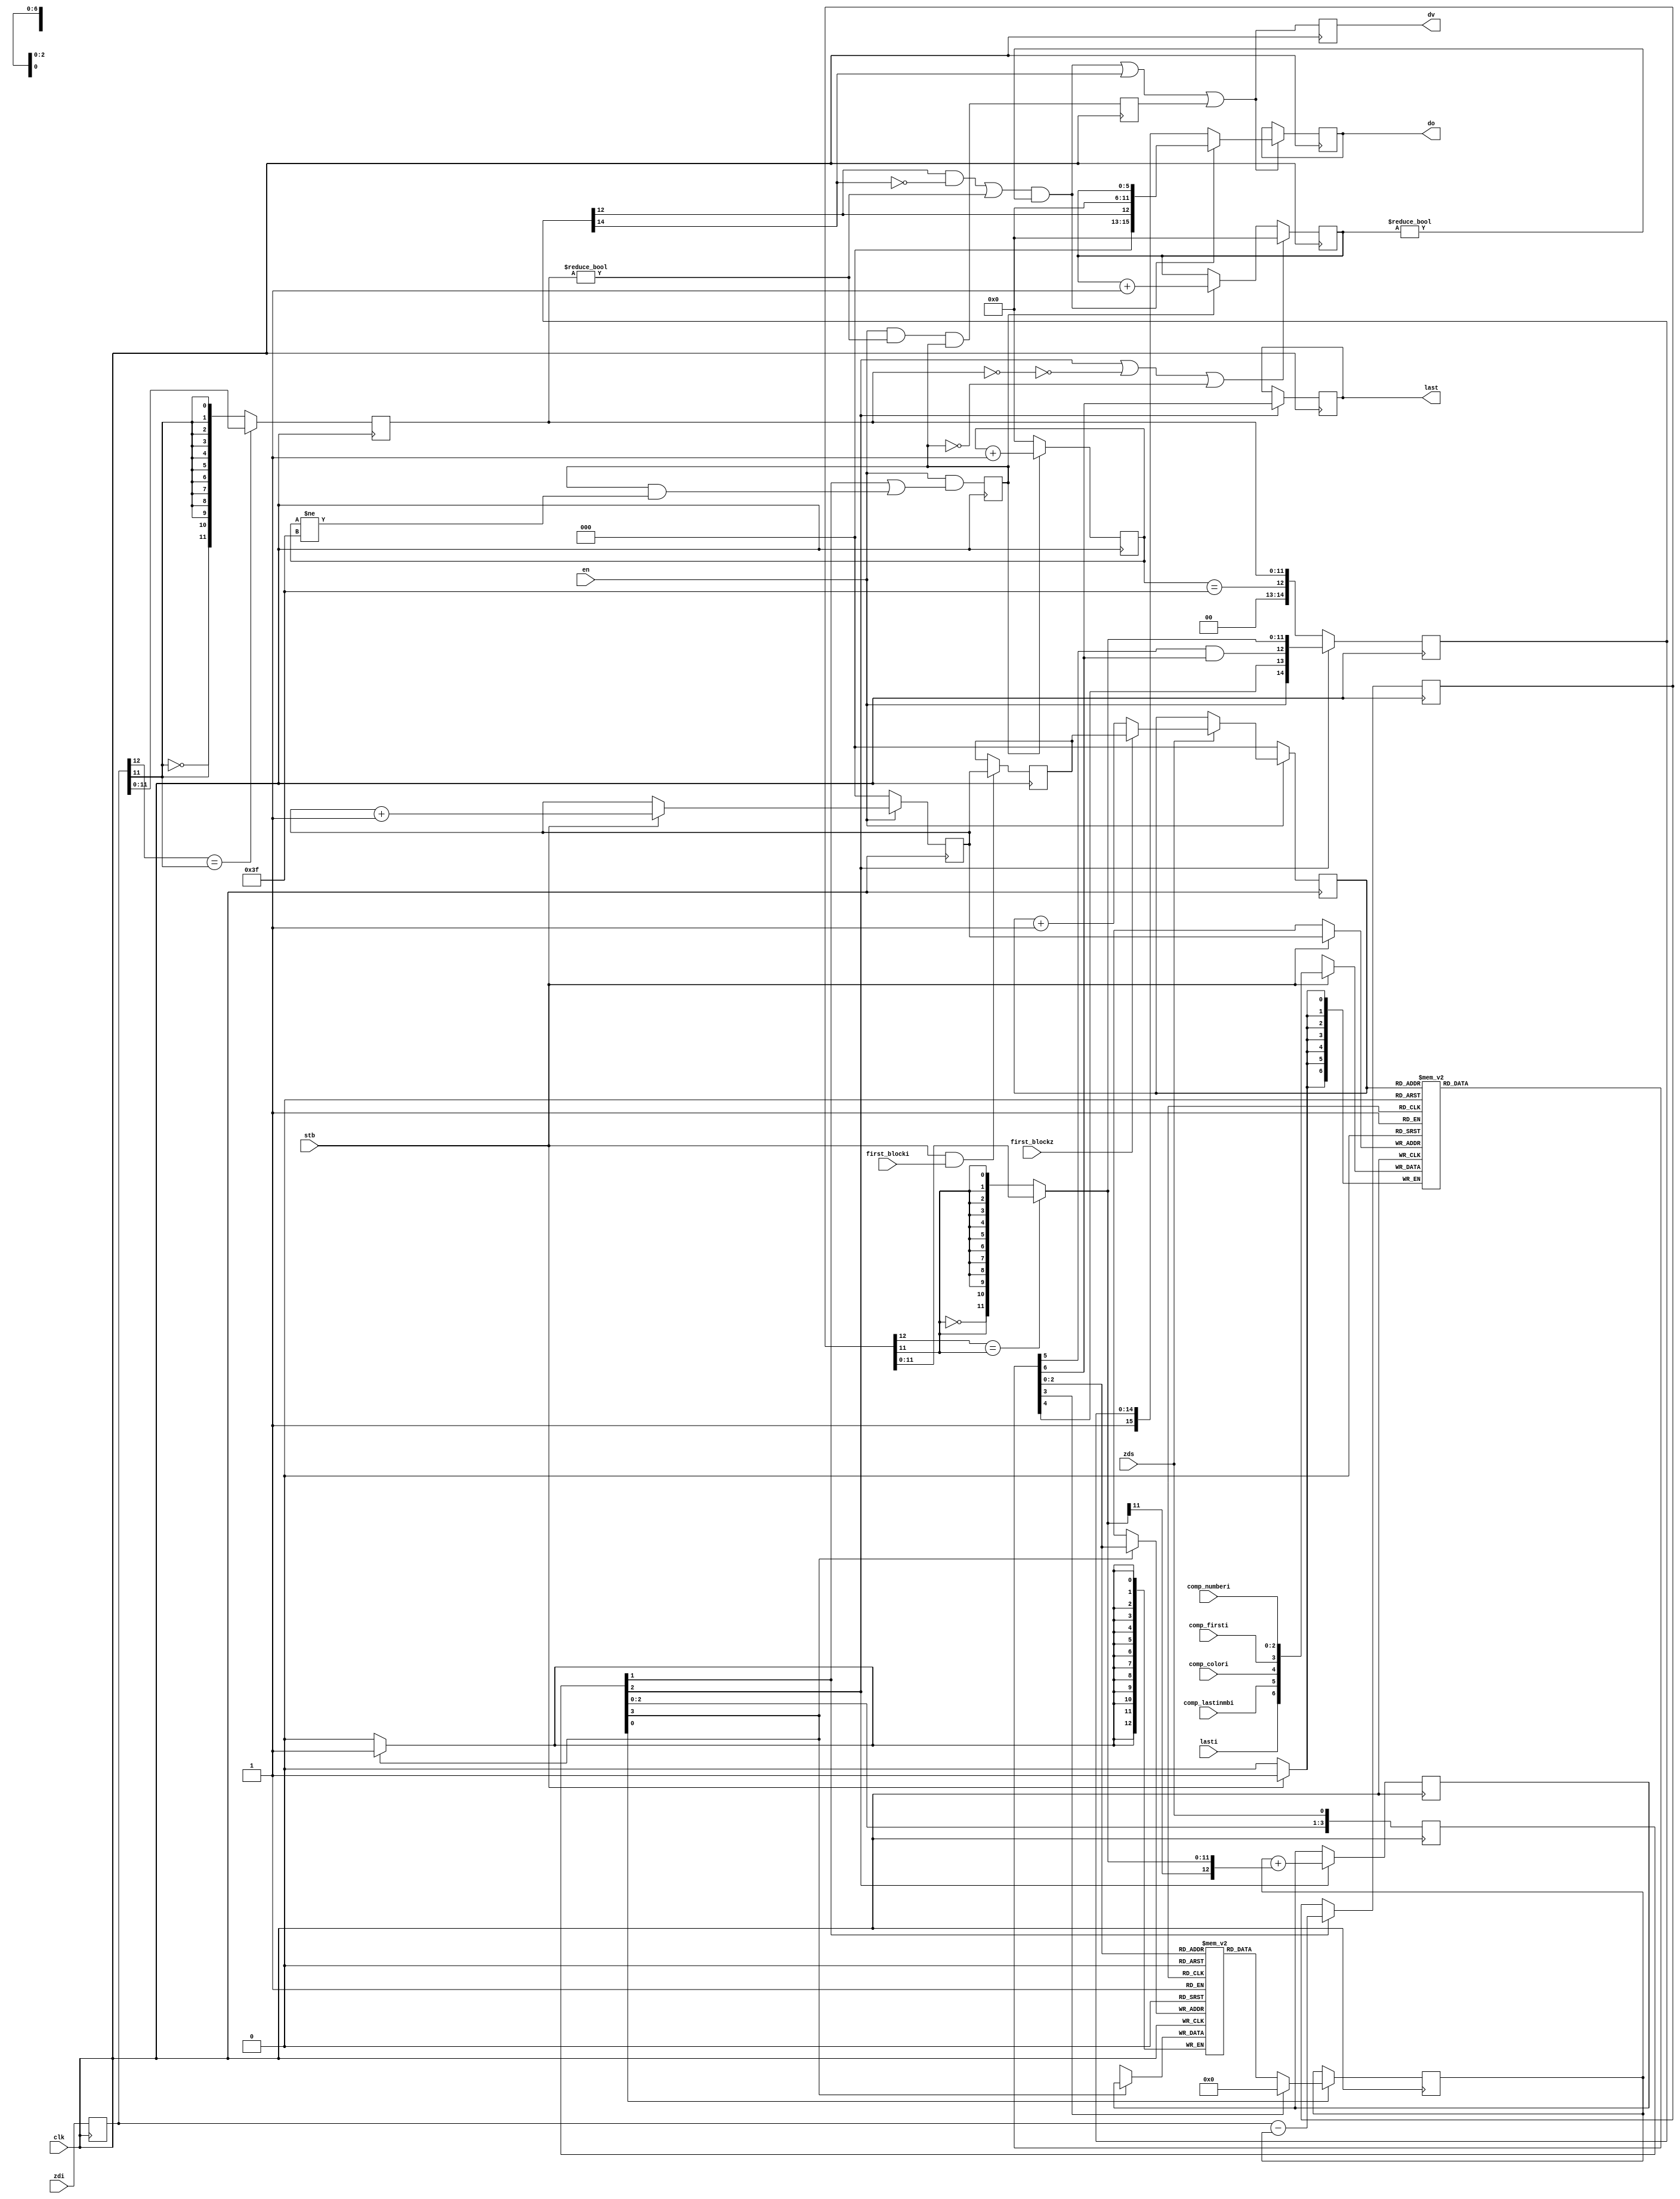
module encoderDCAC(clk,
						en,
						lasti,	
                  first_blocki,   
                  comp_numberi,   
                  comp_firsti,    
                  comp_colori,    
                  comp_lastinmbi, 
						stb,		
						zdi,		
                  first_blockz,  
						zds,		
						last,		
						do,
						dv
						);
    input		 clk;
    input		 en;
    input		 lasti;
    input       first_blocki;   
    input [2:0] comp_numberi;   
    input       comp_firsti;    
    input       comp_colori;    
    input       comp_lastinmbi; 
    input		 stb;
    input [12:0] zdi;
    input       first_blockz;  
    input 		 zds;
    output		  last;
	 output	[15:0]	do;
	 output				dv;
    reg			last;
    reg  [12:0]   dc_mem[7:0];
    reg  [12:0]   dc_diff0, dc_diff;
    wire [11:0]   dc_diff_limited=  (dc_diff[12]==dc_diff[11])? dc_diff[11:0] : {~dc_diff[11],{11{dc_diff[11]}}}; 
    reg  [12:0]   dc_restored; 
	 reg  [5:0]		rll_cntr;
	 reg [15:0]		do;
	 reg				dv;
	 reg	[5:0]	cntr;
	 reg	[11:0] ac_in;
	 wire			izero=(ac_in[11:0]==12'b0);
	 reg	[14:0] val_r;	
	 reg			 DCACen;	
    wire			 rll_out;
	 wire			 pre_dv;
	 reg			 was_nonzero_AC;
    reg  [12:0] zdi_d;
    reg   [3:0] zds_d;
    wire        DC_tosend=  zds_d[2];
    wire        pre_DCACen= zds_d[1];
    wire  [2:0] comp_numbero;   
    wire        comp_firsto;    
    wire        comp_coloro;    
    wire        comp_lastinmbo; 
    wire        lasto;          
    reg   [2:0] block_mem_ra;
    reg   [2:0] block_mem_wa;
    reg   [2:0] block_mem_wa_save;
    reg   [6:0] block_mem[0:7];
    wire  [6:0] block_mem_o=block_mem[block_mem_ra[2:0]];
    assign      comp_numbero[2:0]= block_mem_o[2:0];
    assign      comp_firsto=      block_mem_o[3];
    assign      comp_coloro=       block_mem_o[4];
    assign      comp_lastinmbo=    block_mem_o[5];
    assign      lasto=             block_mem_o[6];
    always @ (posedge clk) begin
      if (stb) block_mem[block_mem_wa[2:0]] <= {lasti, comp_lastinmbi,  comp_colori,comp_firsti,comp_numberi[2:0]};
      if      (!en) block_mem_wa[2:0] <= 3'h0;
      else if (stb) block_mem_wa[2:0] <= block_mem_wa[2:0] +1;
      if (stb && first_blocki) block_mem_wa_save[2:0] <= block_mem_wa[2:0];
      if      (!en) block_mem_ra[2:0] <= 3'h0;
      else if (zds) block_mem_ra[2:0] <= first_blockz?block_mem_wa_save[2:0]:(block_mem_ra[2:0] +1);
    end
    assign	 rll_out= ((val_r[12] && !val_r[14]) || (ac_in[11:0]!=12'b0)) && (rll_cntr[5:0]!=6'b0);
	 assign	 pre_dv=rll_out || val_r[14] || was_nonzero_AC;
	 always @ (posedge clk) begin
	    val_r[14:0] <={ DC_tosend?
						    {en,
                       comp_coloro,
                       comp_lastinmbo && lasto, 
						     dc_diff_limited[11:0]}:
						    {2'b0,
							  (cntr[5:0]==6'h3f),
							  ac_in[11:0]}}; 
		 was_nonzero_AC <= en && (ac_in[11:0]!=12'b0) && DCACen;
		 if (pre_dv) do <= rll_out? {3'b0,val_r[12],6'b0,rll_cntr[5:0]}:{1'b1,val_r[14:0]};
 		 dv	<= pre_dv;
	 	 DCACen	<= en && (pre_DCACen || (DCACen && (cntr[5:0]!=6'h3f)));	
	 	 if (!DCACen) cntr[5:0] <=6'b0;
		 else			  cntr[5:0] <=cntr[5:0]+1;
	 end
	 always @ (posedge clk) begin
      zdi_d[12:0] <= zdi[12:0];
      ac_in[11:0] <= (zdi_d[12]==zdi_d[11])? zdi_d[11:0]:{~zdi_d[11],{11{zdi_d[11]}}};  
		if (DC_tosend || !izero || !DCACen) rll_cntr[5:0]	<= 6'h0;
		else if (DCACen) rll_cntr[5:0]	<= rll_cntr[5:0] +1 ;
      if (DC_tosend) last <= lasto;
	 end
	 always @ (posedge clk) begin
      zds_d[3:0]           <= {zds_d[2:0], zds};
	 	if (zds_d[0])   dc_diff0[12:0] <= comp_firsto?13'b0:dc_mem[comp_numbero[2:0]];
		if (zds_d[1])   dc_diff [12:0] <= zdi_d[12:0]-dc_diff0[12:0];
      if (zds_d[2])   dc_restored[12:0] <=  dc_diff0[12:0] + {dc_diff_limited[11],dc_diff_limited[11:0]};
      if (zds_d[3])   dc_mem[comp_numbero[2:0]]   <= dc_restored[12:0];
	 end
endmodule